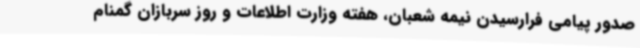
صدور پیامی فرارسیدن نیمه شعبان، هفته وزارت اطلاعات و روز سربازان گمنام